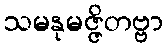
သမနုမဇ္ဇိတဗ္ဗာ